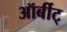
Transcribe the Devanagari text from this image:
ऑर्बीट्